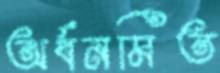
অর্ধনমিত